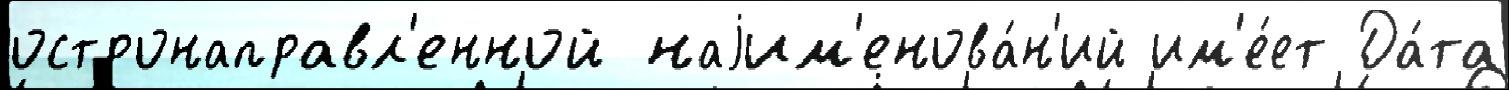
остронаправл'енной наjим'енова́н'ий им'е́ет Да́та